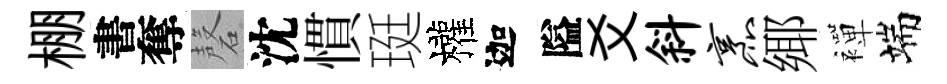
棚書奪磬沈慣珽權迦隘爻斜烹鄊襌端